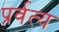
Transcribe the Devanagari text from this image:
प्रर्वत्य